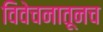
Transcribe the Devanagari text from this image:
विवेचनातूनच